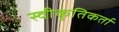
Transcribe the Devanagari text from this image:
स्वीकृतिकर्ता